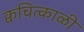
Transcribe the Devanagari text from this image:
क्वचित्काळी